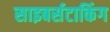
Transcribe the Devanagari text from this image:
साइबर्सटाकिंग